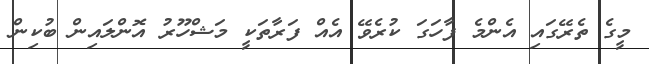
މީގެ ތެރޭގައި އެންމެ ފާހަގަ ކުރެވޭ އެއް ފަރާތަކީ މަޝްހޫރު އޮންލައިން ބުކިން